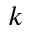
k